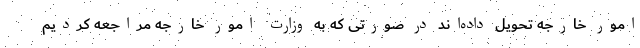
امور خارجه تحویل داده‌اند در صورتی که به وزارت امور خارجه مراجعه کردیم